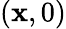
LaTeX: (\mathbf{x},0)